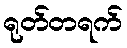
ရုတ်တရက်